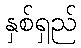
နှစ်ရှည်